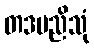
တဒမညိသုံ